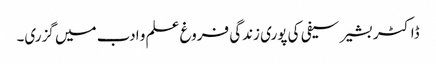
ڈاکٹر بشیر سیفی کی پوری زندگی فروغ علم و ادب میں گزری۔